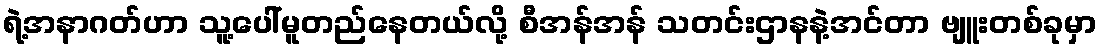
ရဲ့အနာဂတ်ဟာ သူ့ပေါ်မူတည်နေတယ်လို့ စီအန်အန် သတင်းဌာနနဲ့အင်တာ ဗျူးတစ်ခုမှာ